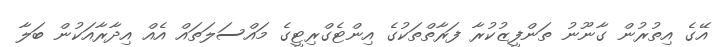
އޭގެ އިތުރުން ގާނޫނު ތަންފީޒުކުރާ ފަރާތްތަކުގެ އިންޓެގްރިޓީގެ މައްސަލަތައް އެއް އިދާރާއަކުން ބަލާ